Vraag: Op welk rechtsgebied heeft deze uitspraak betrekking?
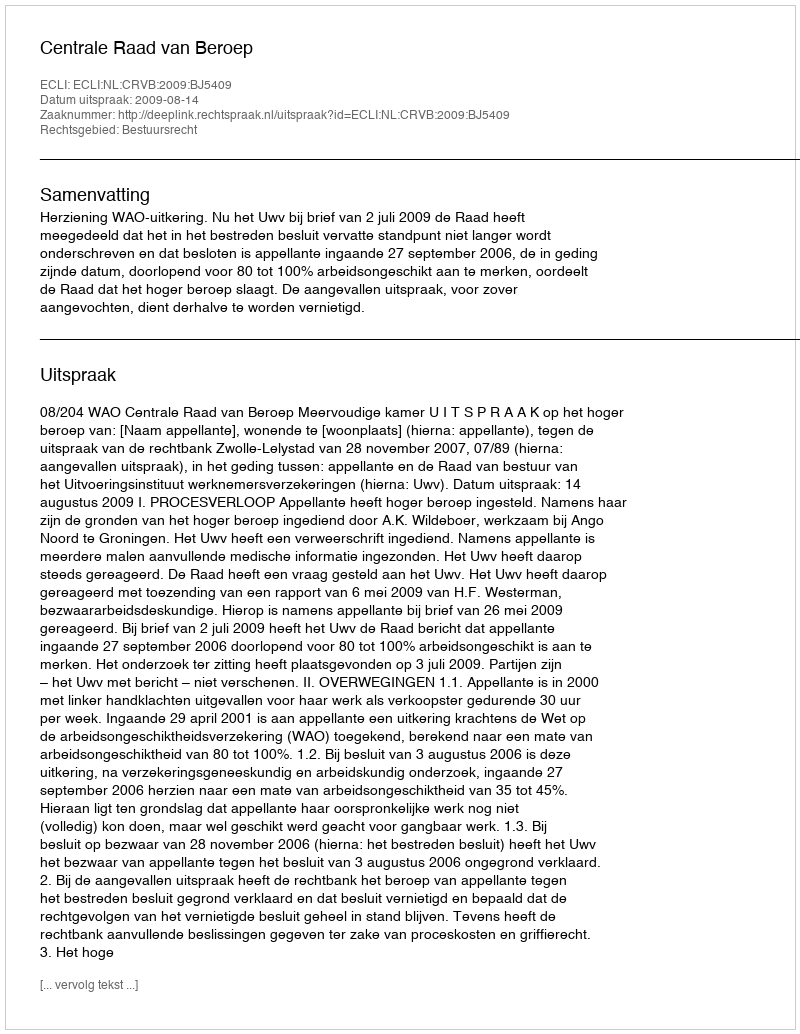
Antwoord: Bestuursrecht